Leaving Certificate, 1899
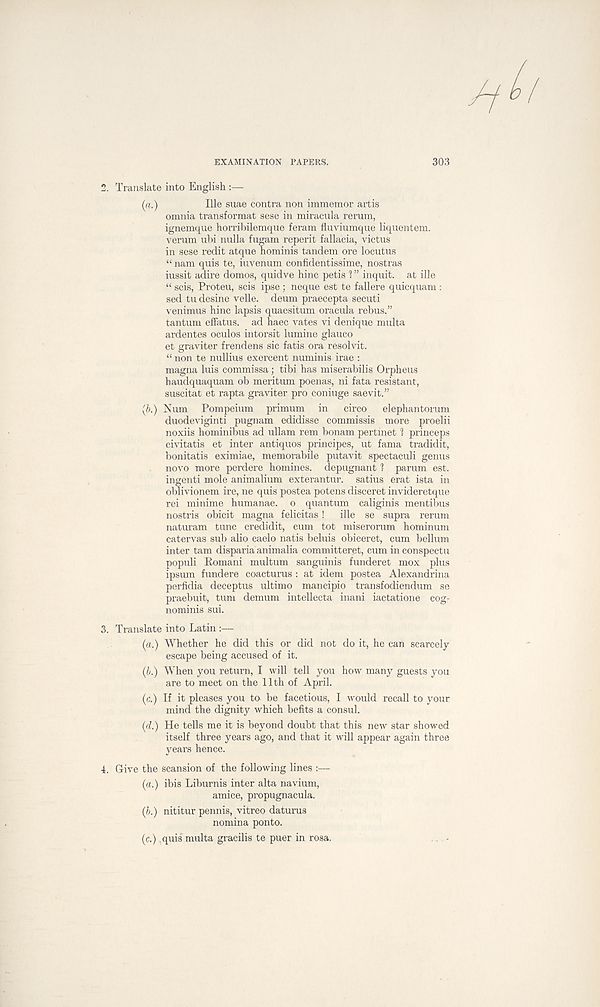
EXAMINATION PAPERS.
303
2. Translate into English
(a.)
Ille suae contra non immemor artis
omnia transformat sese in miracula rerum,
ignemque horribilemque feram fluviumque liquentem.
verum ubi nulla fugam reperit fallacia, victus
in sese redit atque hominis tandem ore locutus
“ nam quis te, iuvenum confidentissime, nostras
iussit adire domos, quidve hinc petis 1 ” inquit, at ille
“ scis, Proteu, scis ipse ; neque est te fallere quicquam :
sed tu desine velle. deum praecepta secuti
venimus hinc lapsis quaesitum oracula rebus.”
tantum effatus. ad haec vates vi denique multa
ardentes oculos intorsit lumine glauco
et graviter frendens sic fatis ora resolvit.
“ non te nullius exercent numinis irae :
magna luis commissa; tibi has miserabilis Orpheus
haudquaquam ob meritum poenas, ni fata resistant,
suscitat et rapta graviter pro coniuge saevit.”
(b.) Num Pompeium primum in
circo
elephantorum
duodeviginti pugnam edidisse commissis more proelii
noxiis hominibus ad ullam rem bonam pertmet 1 princeps
civitatis et inter antiques principes, ut fama tradidit,
bonitatis eximiae, memorabile putavit spectaculi genus
novo more perdere homines, depugnant 1 parum est.
ingenti mole animalium exterantur. satius erat ista in
oblivionem ire, ne quis postea potens disceret invideretque
rei minime humanae. o quantum caliginis mentibus
nostris obicit magna felicitas !
ille se supra rerum
naturam tunc credidit, cum tot miserorum hominum
catervas sub alio caelo natis beluis obiceret, cum bellum
inter tarn disparia animalia committeret, cum in conspectu
populi Romani multum sanguinis funderet mox plus
ipsum fundere coacturus : at idem postea Alexandrina
perfidia deceptus ultimo mancipio transfodiendum se
praebuit, turn demum intellecta inani iactatione cog-
nominis sui.
3. Translate into Latin :—
(a.) Whether he did this or did not do it, he can scarcely
escape being accused of it.
(b.) When you return, I will tell you how many guests you
are to meet on the 11th of April.
(c.) If it pleases you to be facetious, I would recall to your
mind the dignity which befits a consul.
(d.) He tells me it is beyond doubt that this new star showed
itself three years ago, and that it will appear again three
years hence.
4. Give the scansion of the following lines :—
(a.) ibis Liburnis inter alta navium,
amice, propugnacula.
(b.) nititur pennis, vitreo datums
nomina ponto.
(c.) ,quis multa gracilis te puer in rosa.
-